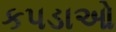
કપડાઓ